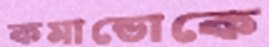
কমান্ডোকে